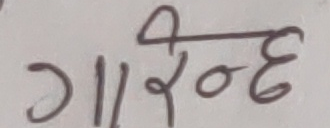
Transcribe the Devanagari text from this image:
गारिन्दे